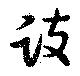
跂